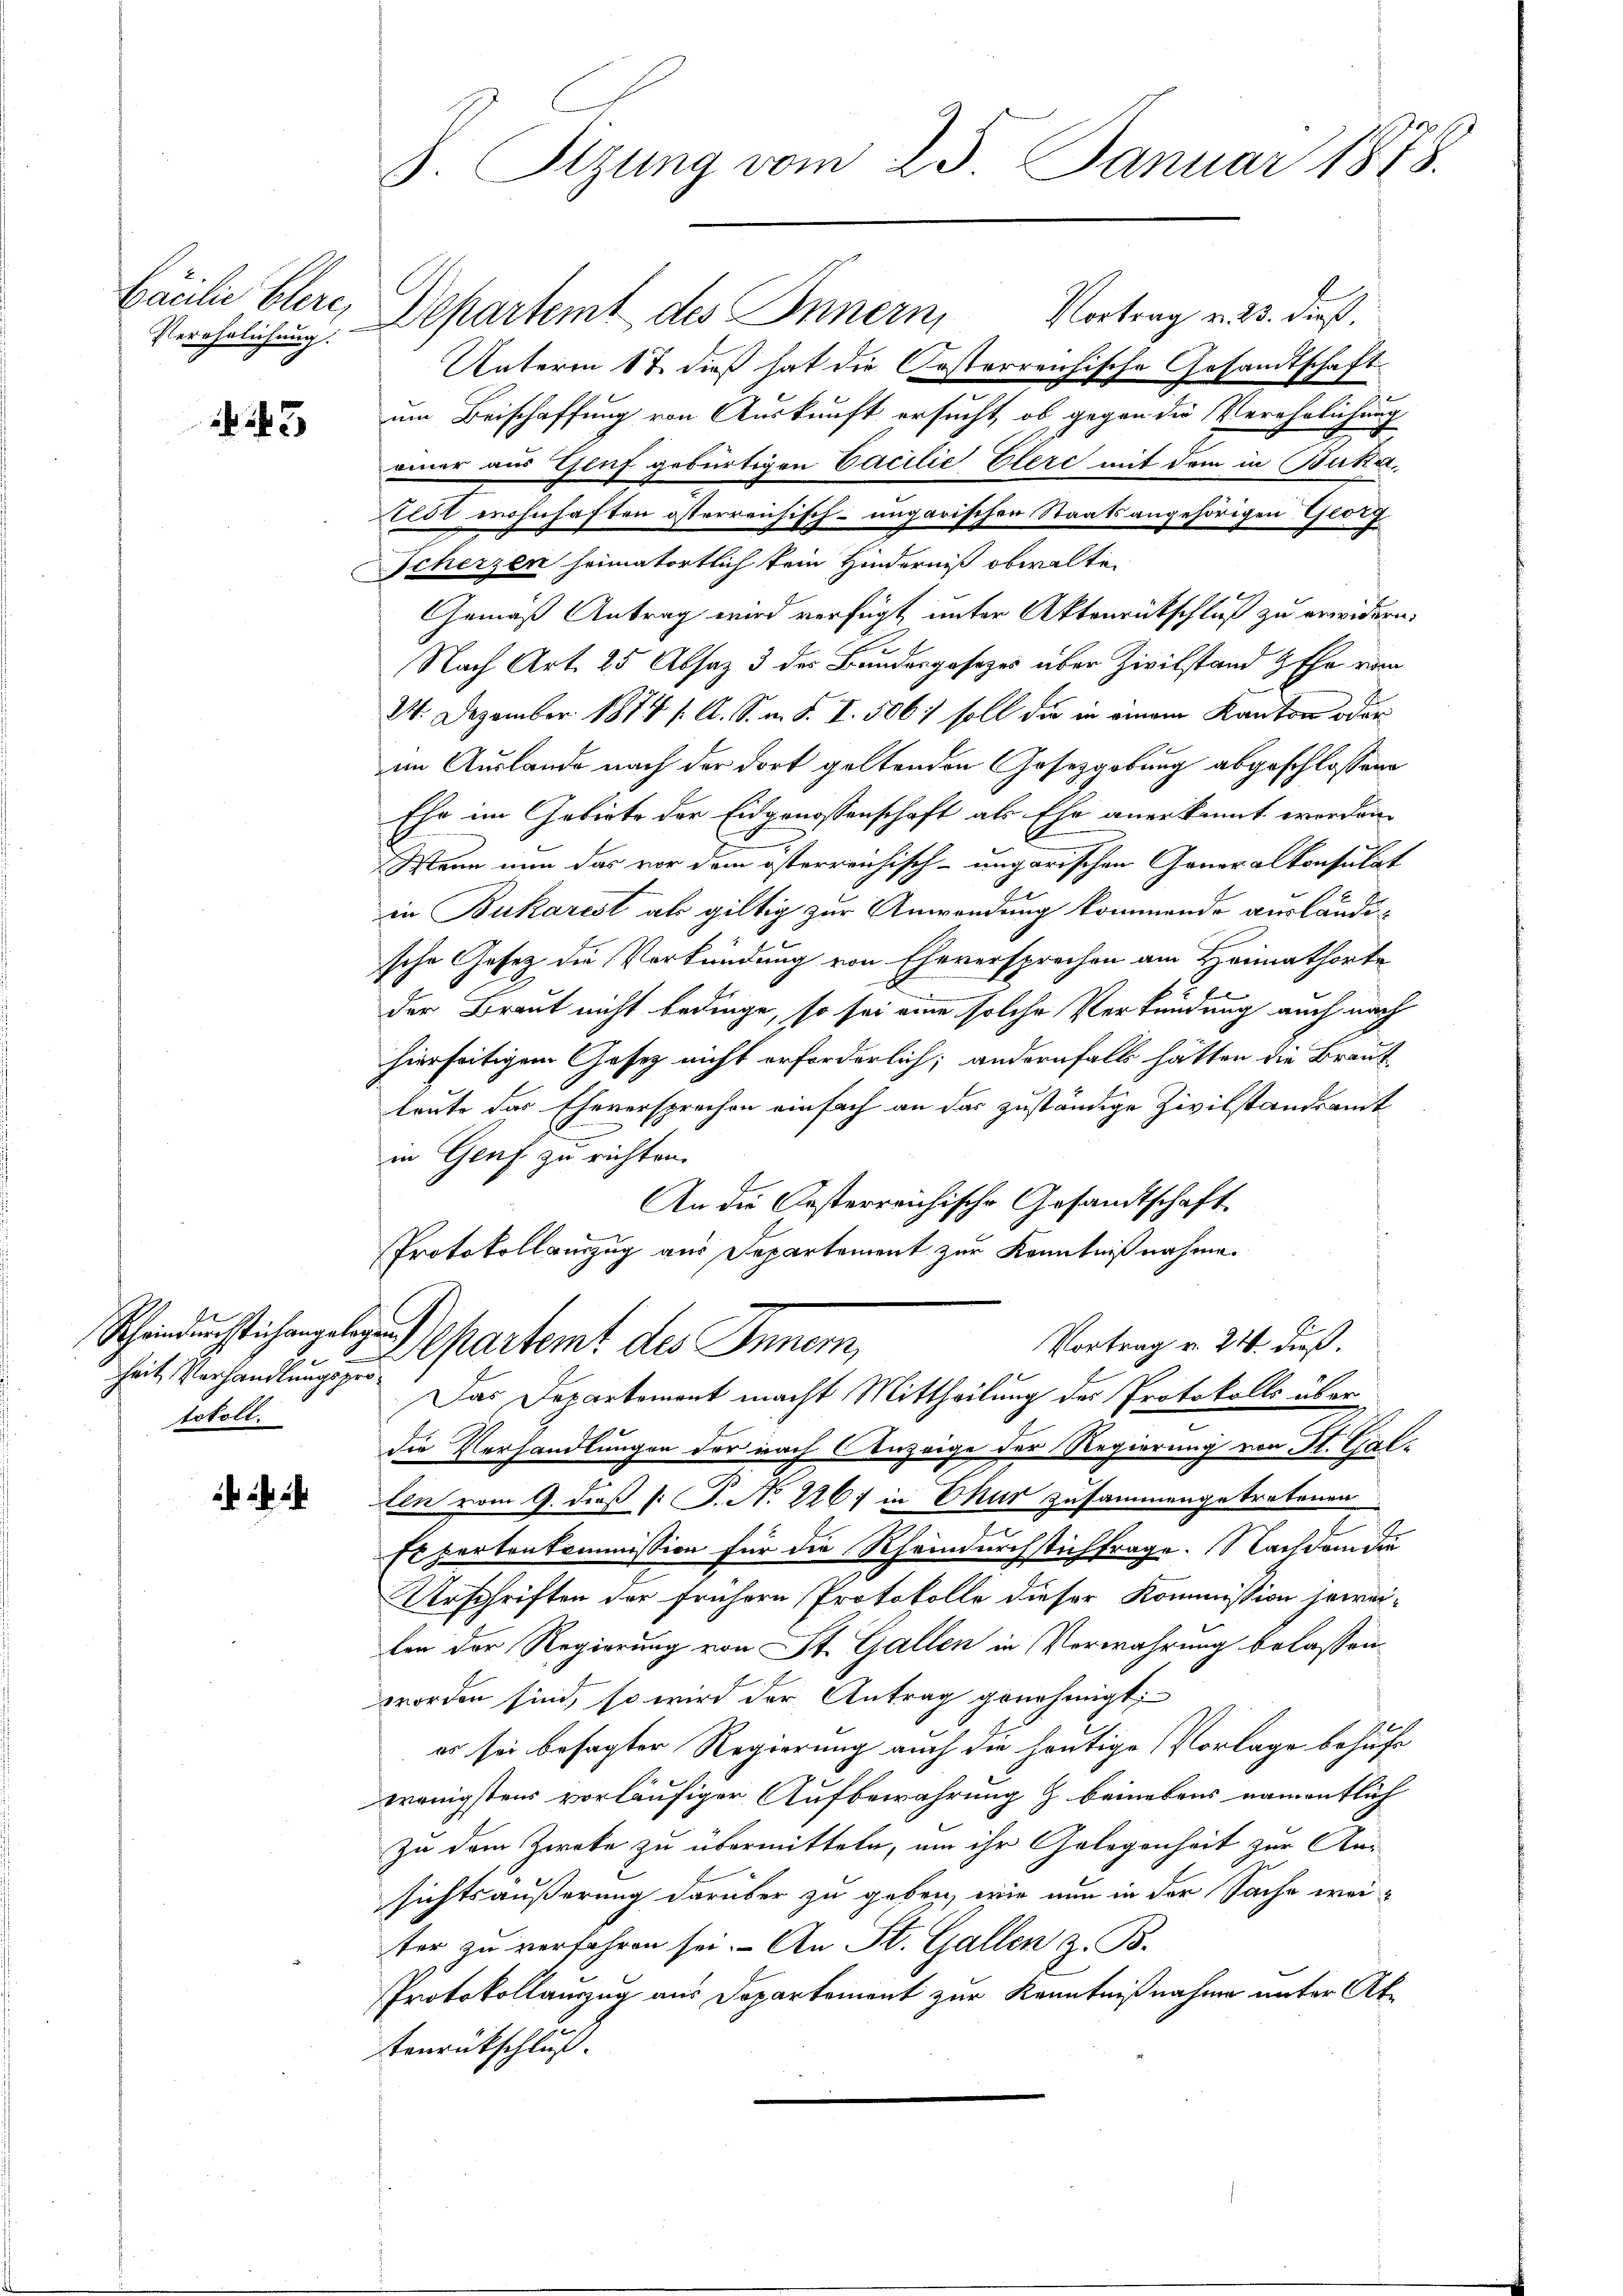
Verehelichung.

243

heit Verhandlungsprotokoll.

J. Stzung vom 25. Januar 1878.

Bauli Elere, Departemt des Innern,
Vortrag v. 23. dieß.
Unterm 17. dieß hat die Oesterreichische Gesandtschaft
um Beischaffung von Auskunft ersucht, ob gegen die Verehrlichung
ainer aus Genf gebürtigen Cacilie Elerc mit dem in Burka,
tedt wohnhaften österreichisch-ungarischen Staatsangehörigen Georg
Scherzen heimatortlich kein Hinderniß obwalten
Gemäß Antrag wird verfügt unter Aktenrückschluß zu erwidern.
Nach Art. 25 Absaz 3 des Bundesgesezes über Zivilstand & Ehe vie
24. Dezember 1874 f. A. S. m. S. I. 506. soll die in einem Kanton oder
im Auslande nach der dort geltenden Gesetzgebung abgeschlossene
Ehe im Gebiete der Eidgenossenschaft als Ehe anerkannt worden.
Wenn nun das vor dem österreichisch-ungarischen Generalkonsulat
in Bukarest als giltig zur Anwendung kommende ausländische Gesetz die Verkündung von Eheversprechen am Heimathörte
.
der Braut nicht bedinge, so sei eine solche Verkündung auch nach
hierseitigem Gesetz nicht erforderlich; andernfalls hätten die Braut
leute das Eheversprechen einfach an das zuständige Zivilstandsamt
e
in Genf zu richten.
An die Oesterreichische Gesandtschaft
Protokollauszug aus Departement zur Kenntnißnahme.

Schindurchstichengeles partemt des Innem,
Vortrag v. 24 dieß.

Das Departement macht Mittheilung des Protokolls über
die Verhandlungen der nach Anzeige der Regierung von St. Gal¬
Len vom 9. dieß P. P. N. 226) in Chur zusammengetretenen
Es partenkommission für die Rheindurchsichtrage. Nachdem die
Urschriften der frühern Protokolle dieser Kommission jewei-
ben der Regierung von St. Gallen in Verwahrung belassen
worden sind, so wird der Antrag genehmigt;
es sei besagter Regierung auch die heutige Vorlage behufe
wenigstens vorläufiger Aufbewahrung & beinebens namentlich
zu dem Zweke zu übermitteln, um ihr Gelegenheit zur An
sichtsäußerung darüber zu geben, wie nun in der Sache wei-
ter zu verfahren sei. An St. Gallen z. B.
Protokollauszug aus Departement zur Kenntnißnahme unter Attenrückschluß.